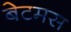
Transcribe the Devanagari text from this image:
बेटमस